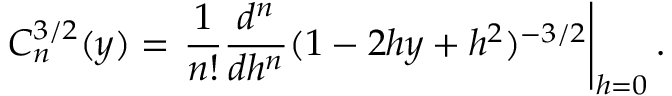
C _ { n } ^ { 3 / 2 } ( y ) = \left. \frac { 1 } { n ! } \frac { d ^ { n } } { d h ^ { n } } ( 1 - 2 h y + h ^ { 2 } ) ^ { - 3 / 2 } \right| _ { h = 0 } .